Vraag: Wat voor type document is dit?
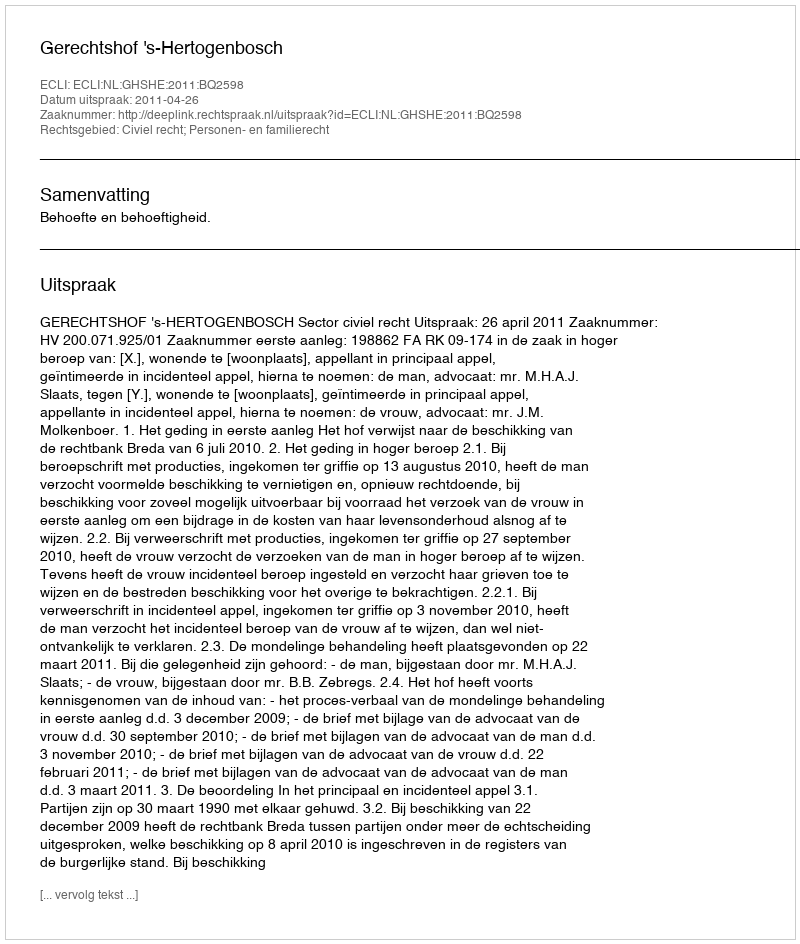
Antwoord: Uitspraak